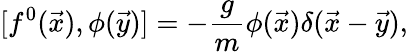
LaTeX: [f^{0}(\vec{x}),\phi(\vec{y})]=-\frac{g}{m}\phi(\vec{x})\delta(\vec{x}-\vec{y}),